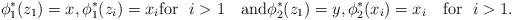
LaTeX: \begin{align*} {\phi}^*_{1}(z_1)=x, {\phi}^*_{1}(z_i)=x_i \textrm{for } \ i>1 \quad\mbox{and} {\phi}^*_{2}(z_1)=y, {\phi}^*_{2}(x_i)=x_i\quad\mbox{for } \ i>1.\end{align*}